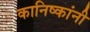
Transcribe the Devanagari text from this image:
कानिष्कांनी